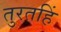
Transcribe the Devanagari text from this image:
तुरतहिं